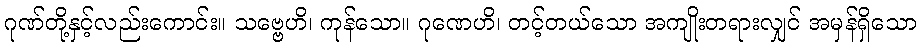
ဂုဏ်တို့နှင့်လည်းကောင်း။ သဗ္ဗေဟိ၊ ကုန်သော။ ဂုဏေဟိ၊ တင့်တယ်သော အကျိုးတရားလျှင် အမှန်ရှိသော